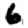
Digit: 6